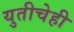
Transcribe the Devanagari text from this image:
युतीचेही